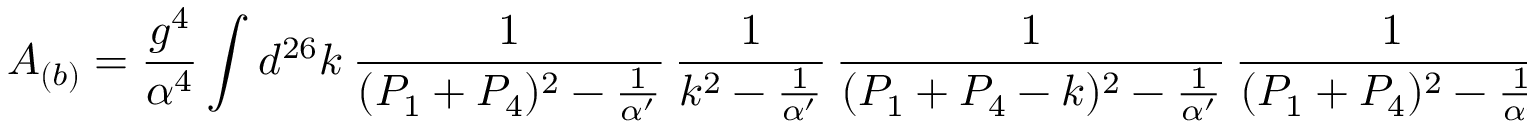
A _ { ( b ) } = \frac { g ^ { 4 } } { \alpha ^ { 4 } } \int d ^ { 2 6 } k ~ \frac { 1 } { ( P _ { 1 } + P _ { 4 } ) ^ { 2 } - \frac { 1 } { \alpha ^ { \prime } } } \, \frac { 1 } { k ^ { 2 } - \frac { 1 } { \alpha ^ { \prime } } } \, \frac { 1 } { ( P _ { 1 } + P _ { 4 } - k ) ^ { 2 } - \frac { 1 } { \alpha ^ { \prime } } } \, \frac { 1 } { ( P _ { 1 } + P _ { 4 } ) ^ { 2 } - \frac { 1 } { \alpha ^ { \prime } } } ,